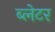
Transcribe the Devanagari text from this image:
ब्लेटर